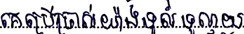
គេប្រើប្រាស់យ៉ាងទូលំទូលាយ